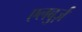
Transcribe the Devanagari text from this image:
एलबुर्ज़